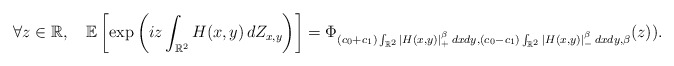
\begin{align*}\forall z\in\mathbb R,\ \ \ {\mathbb E}\left[\exp\left(iz\int_{\mathbb R^2}H(x,y)\, dZ_{x,y}\right) \right]= \Phi_{(c_0+c_1)\int_{\mathbb R^2}|H(x,y)|^\beta_+\, dxdy,(c_0-c_1)\int_{\mathbb R^2}|H(x,y)|^\beta_-\, dxdy,\beta}(z)).\end{align*}